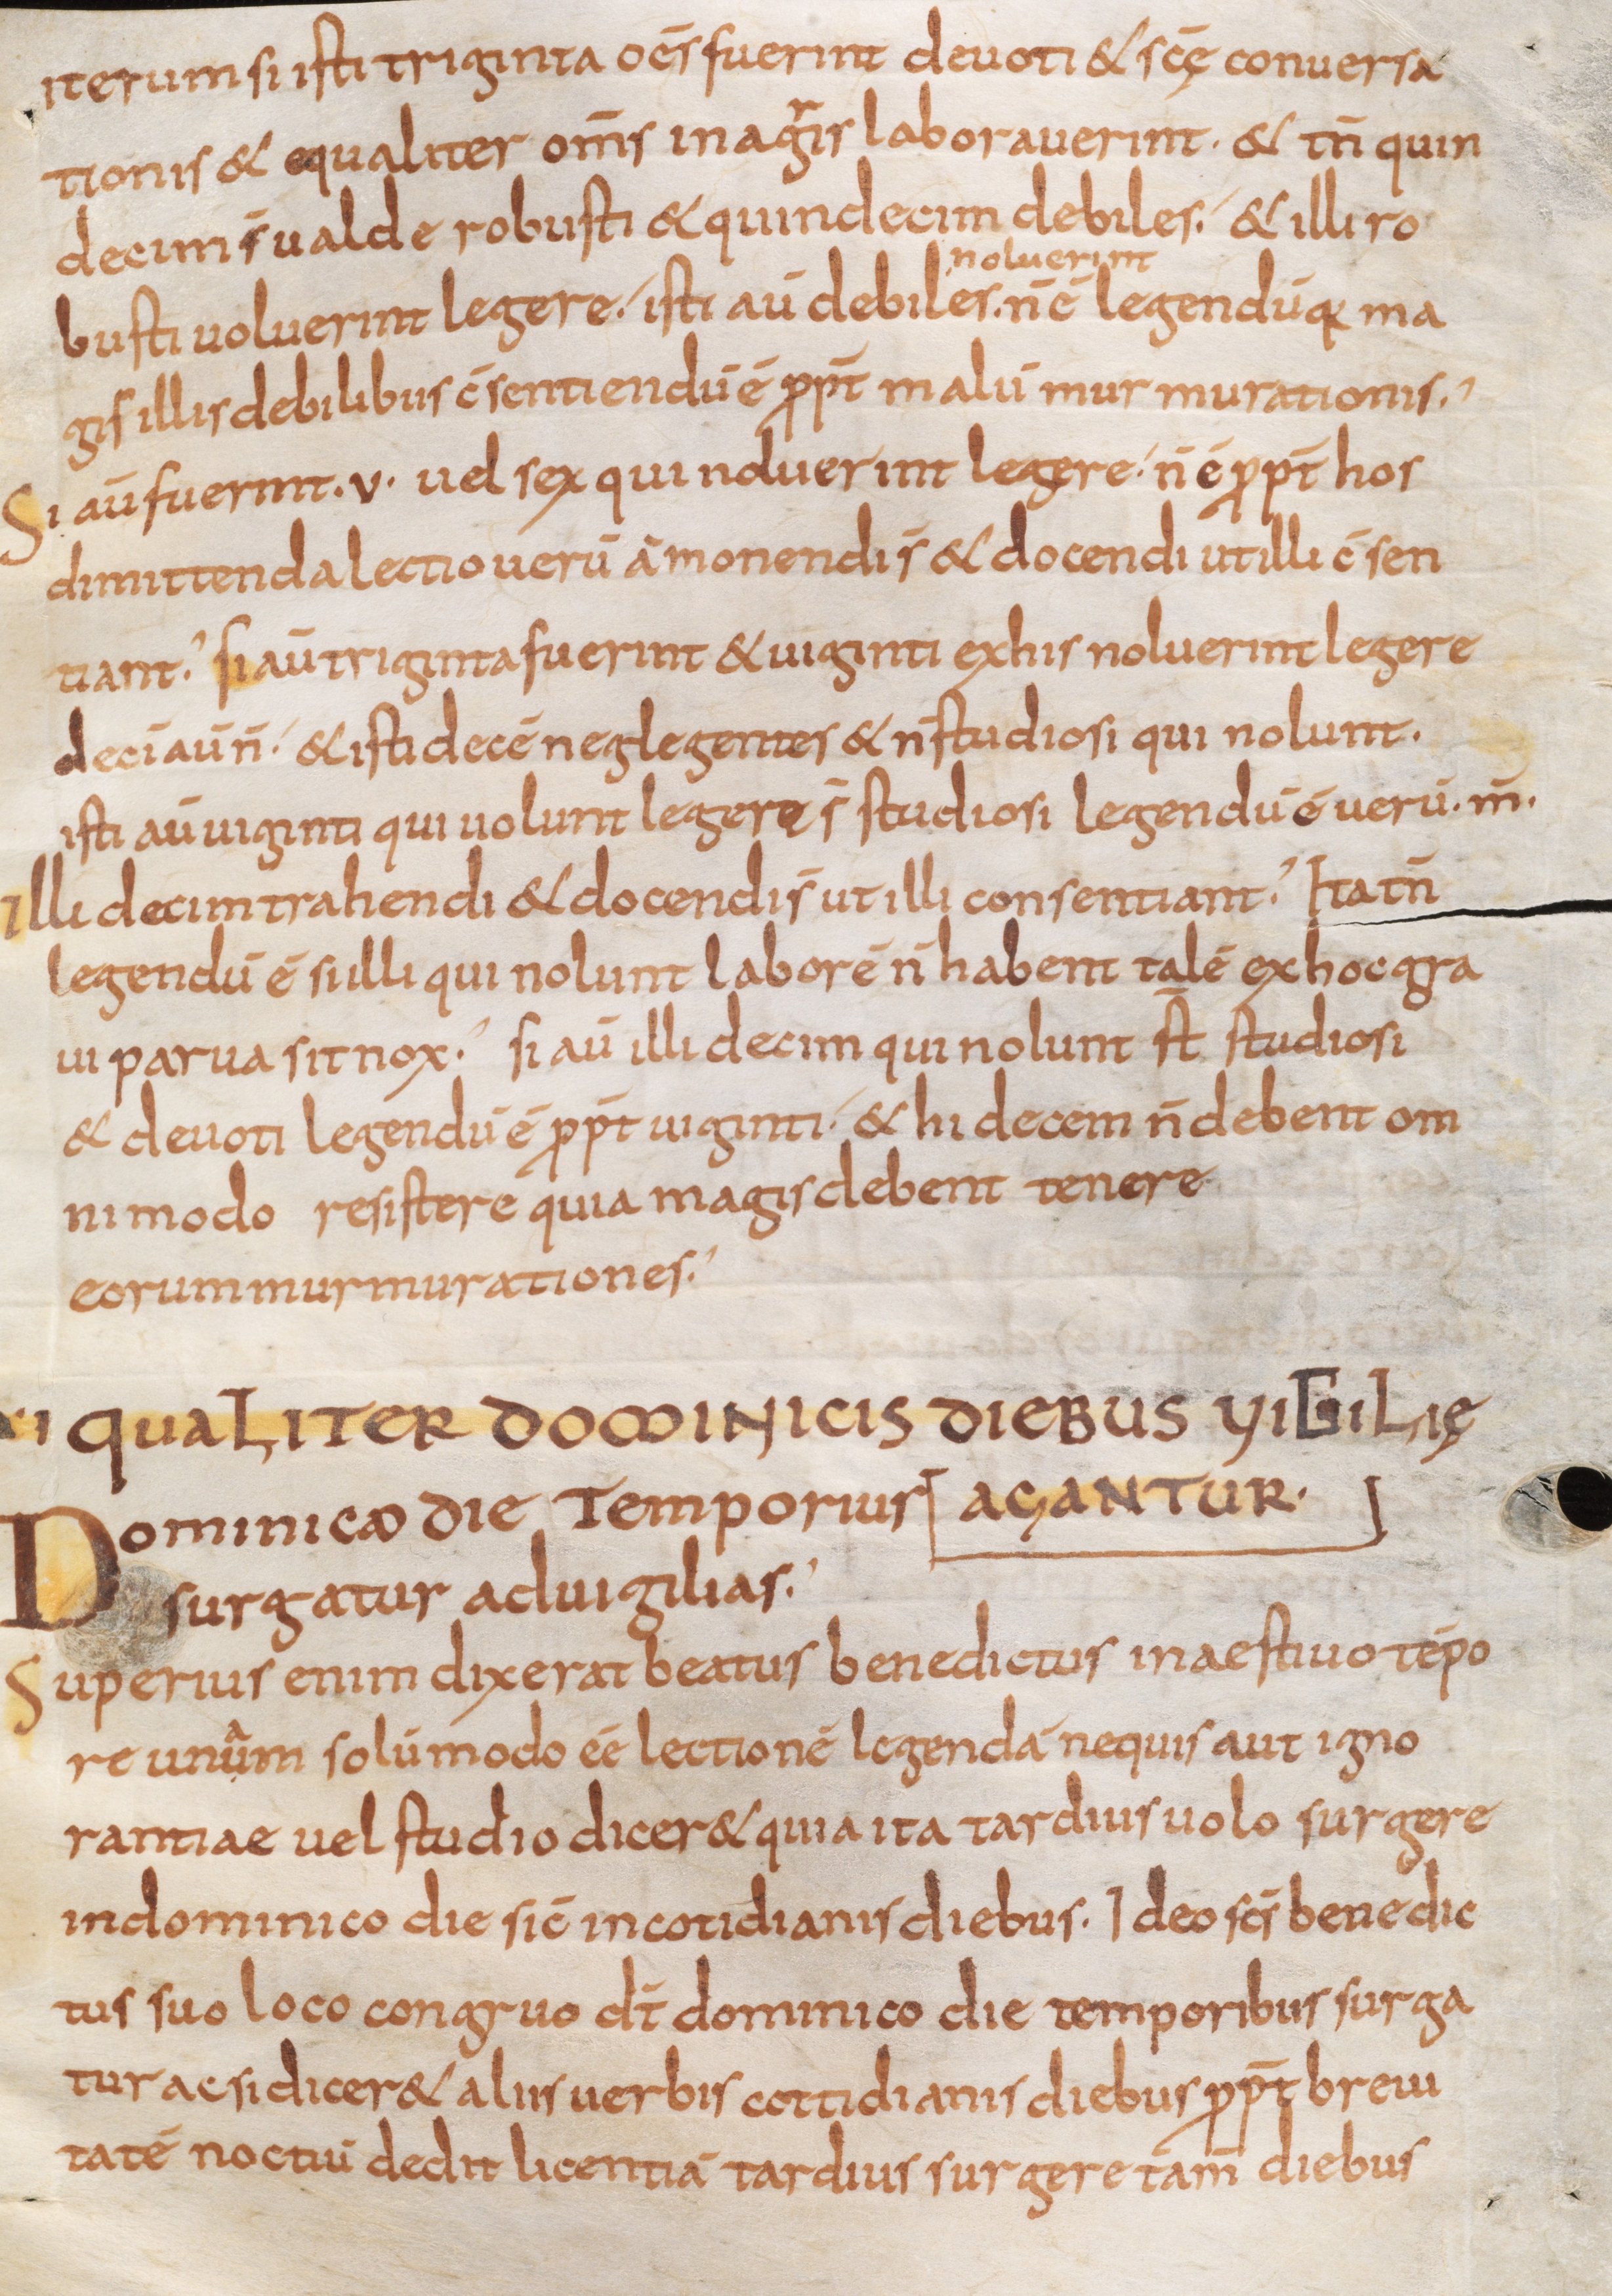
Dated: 800–899